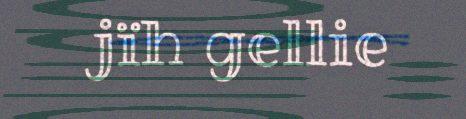
jïh gellie